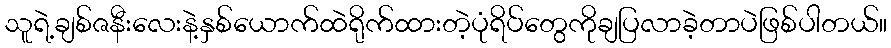
သူရဲ့ချစ်ဇနီးလေးနဲ့နှစ်ယောက်ထဲရိုက်ထားတဲ့ပုံရိပ်တွေကိုချပြလာခဲ့တာပဲဖြစ်ပါတယ်။